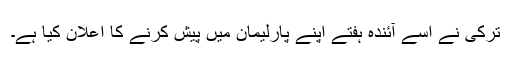
ترکی نے اسے آئندہ ہفتے اپنے پارلیمان میں پیش کرنے کا اعلان کیا ہے۔